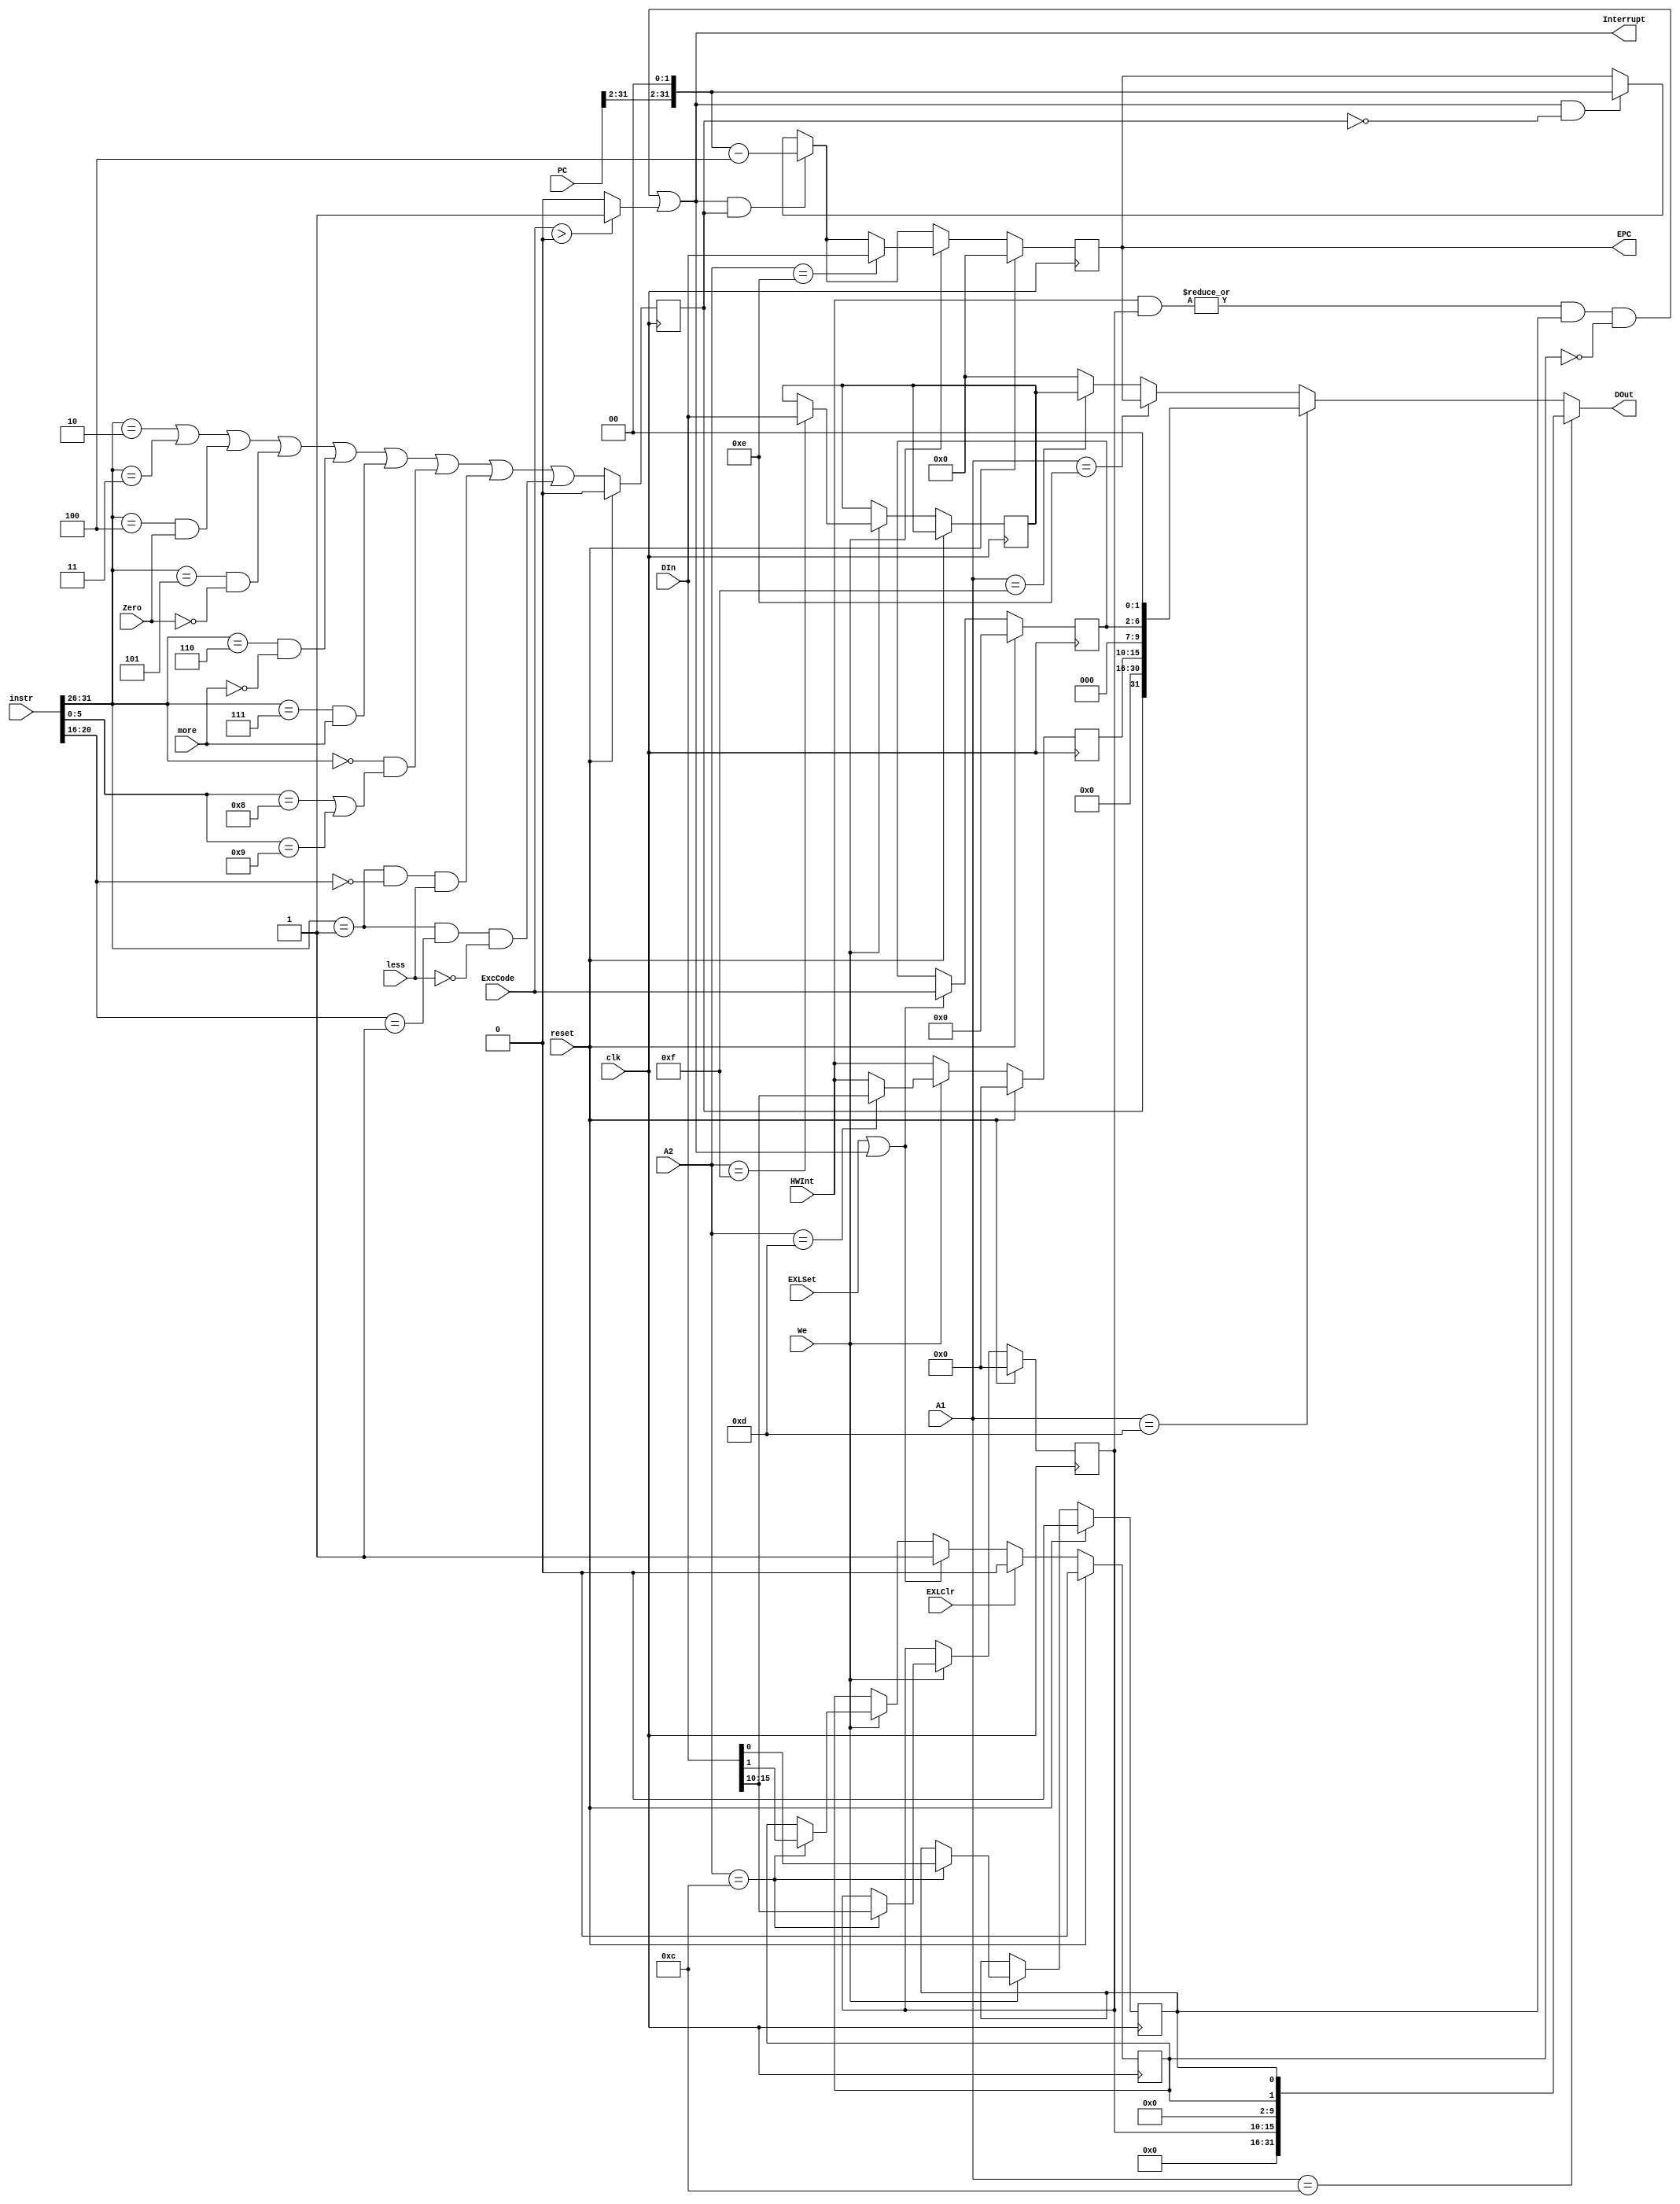
`timescale 1ns / 1ps
//////////////////////////////////////////////////////////////////////////////////
// Company: 
// Engineer: 
// 
// Design Name: 
// Module Name:    CP0 
// Project Name: 
// Target Devices: 
// Tool versions: 
// Description: 
//
// Dependencies: 
//
// Revision: 
// Revision 0.01 - File Created
// Additional Comments: 
//
//////////////////////////////////////////////////////////////////////////////////
module CP0(
	 input[4:0] A1,//CP0 MFC0
	 input[4:0] A2,//CP0 MTC0
	 input[31:0] DIn,//CP0 MTC0 GPR
	 input[31:0] PC,///PC 
	 input[31:0] instr,//
	 input Zero,
	 input more,
	 input less,
	 input[6:2] ExcCode,/// 
	 input[5:0] HWInt,//6 
	 input We,//CP0 MTC0
	 input EXLSet,//SREXL(EXL1) M
	 input EXLClr,//SREXL(EXL0) ERET
    input clk,
    input reset,
	 output Interrupt,// HWInt/IM/EXL/IE
	 output[31:0] EPC,//EPCNPC
	 output[31:0] DOut //CP0 MFC0GRF
    );
	 
	`define SR 12 
	`define CAUSE 13 
	`define EPC 14
	`define PRID 15
	
	`define R 6'b000000
	`define beq 6'b000100
	`define bne 6'b000101
	`define bgtz 6'b000111
	`define blez 6'b000110
	`define jal 6'b000011
	`define jr 6'b001000
	`define j 6'b000010
	`define jalr 6'b001001
	
	//SR  {16'b0, im, 8'b0, exl, ie}
	reg[15:10] im; //66 1-0-
	reg exl;//EXL 1-0-
	reg ie;// 1-0-
	//CAUSE {bd, 15'b0, hwint_pend[15:10], 3'b0, exccode[6:2], 2'b0}
	reg bd;// bd=1
	reg[6:2] exccode;
	reg[15:10] hwint_pend;//clock6(HWInt[5:0])
	//EPC
	reg[31:0] epc;
	//PRID
	reg[31:0] prid = 32'h12345678;

	wire Exception;//
	wire IntReq;//
	assign EPC = epc;
	//  SR/Cause/EPC/PRId0
	assign DOut = (A1==`SR) ? {16'b0, im, 8'b0, exl, ie} :
					  (A1==`CAUSE) ? {bd, 15'b0, hwint_pend[15:10], 3'b0, exccode[6:2], 2'b0} :
					  (A1==`EPC) ? epc :
				     (A1==`PRID) ? prid : 0;
	assign IntReq = (|(HWInt[5:0] & im[15:10])) & ie & !exl ;
	assign Exception = (ExcCode>0) ? 1'b1 : 1'b0;
	assign Interrupt = IntReq||Exception;
	
	integer i;
	always@(posedge clk) begin
		hwint_pend <= HWInt;//clock6(HWInt[5:0])
		if(reset) begin
			im<=6'b0;//SR
			exl<=1'b0;
			ie<=1'b0;
			hwint_pend<=6'b0;//CAUSE
			bd<=0;
			exccode<=0;
			epc<=0;//EPC
		end
		else begin
			epc <= (Interrupt&&bd) ? {PC[31:2], 2'b00} - 4 :
					 (Interrupt&&!bd) ? {PC[31:2], 2'b00} :
					 epc;
			bd <= (instr[31:26]==`j)||(instr[31:26]==`jal)||(instr[31:26]==`beq&&Zero)||(instr[31:26]==`bne&&!Zero)||(instr[31:26]==`blez&&!more)||(instr[31:26]==`bgtz&&more)
				||(instr[31:26]==`R&&(instr[5:0]==`jr||instr[5:0]==`jalr))||(instr[31:26]==6'b000001&&instr[20:16]==5'b00000&&less)||(instr[31:26]==6'b000001&&instr[20:16]==5'b00001&&!less);
			if(We) begin //
				case(A2)
					`SR: begin
						{im, exl, ie} <= {DIn[15:10], DIn[1], DIn[0]};
					end
					`CAUSE: begin
						hwint_pend <= DIn[15:10];
					end
					`EPC: begin
						epc <= DIn;
					end
					`PRID: begin
						prid <= DIn;
					end
					default: begin
					end
				endcase
			end
			if(EXLSet||Interrupt) begin
				exl<=1'b1;
				exccode<=ExcCode;
			end
			if(EXLClr) begin
				exl<=1'b0;
			end
		end
	end
endmodule